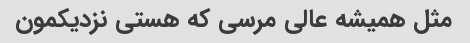
مثل همیشه عالی مرسی که هستی نزدیکمون